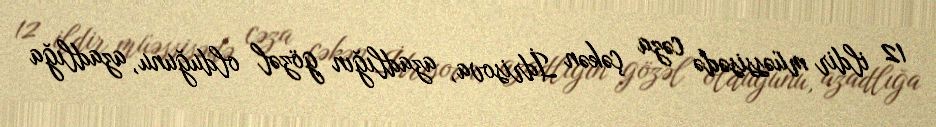
12 ildir müəssisədə cəza çəkən İdrisova, azadlığın gözəl olduğunu, azadlığa